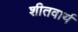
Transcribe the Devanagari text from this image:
शीतवार्य